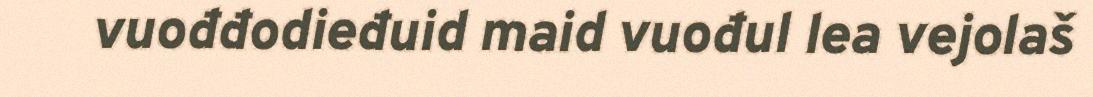
vuođđodieđuid maid vuođul lea vejolaš